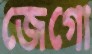
জেগো